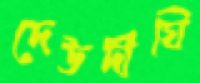
দেউদীঘি